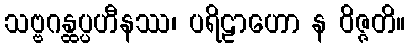
သဗ္ဗဂန္ထပ္ပဟီနဿ၊ ပရိဠာဟော န ဝိဇ္ဇတိ။